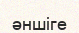
әншіге